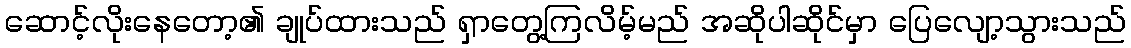
ဆောင့်လိုးနေတော့၏ ချုပ်ထားသည် ရှာတွေ့ကြလိမ့်မည် အဆိုပါဆိုင်မှာ ပြေလျော့သွားသည်